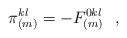
LaTeX: \begin{align*}\pi _{(m)}^{kl} =- F^{0kl}_{(m)}\,\,\,\, , \end{align*}